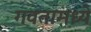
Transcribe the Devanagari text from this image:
गवतामध्ये